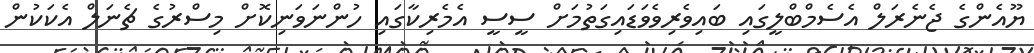
ޔޫއެންގެ ޖެނެރަލް އެސެމްބްލީގައި ބައިވެރިވެވަޑައިގަތުމަށް ސީސީ އެމެރިކާގައި ހުންނަވަނިކޮށް މިސްރުގެ ޗެނަލް އެކަކުން